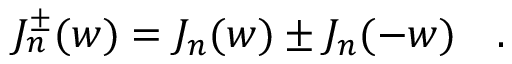
J _ { n } ^ { \pm } ( w ) = J _ { n } ( w ) \pm J _ { n } ( - w ) \quad .